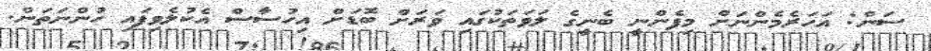
ސަން: އަހަރެމެންނަށް މިފެންނީ ބެނީގެ ލަވަތަކުގައި ވަރަށް ބޮޑަށް އިހުސާސް އެކުލެވިފައި ހުންނަތަން.